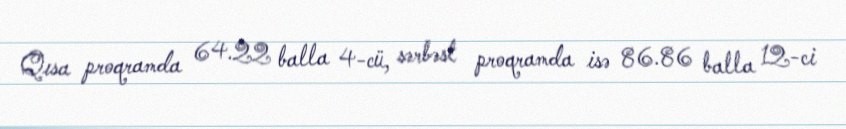
Qısa proqramda 64.22 balla 4-cü, sərbəst proqramda isə 86.86 balla 12-ci